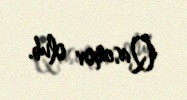
Qasımov olub.